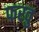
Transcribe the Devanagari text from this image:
फरवु